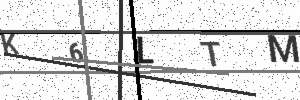
Text: K6LTM